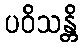
ပဝိသန္တိ